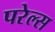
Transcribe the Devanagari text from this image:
परेल्स